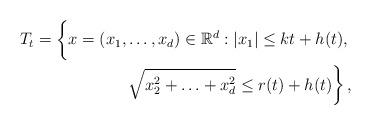
LaTeX: \begin{align*} T_t=\left\{ \vphantom{\sqrt{x_2^2+\ldots+x_d^2}\leq r(t)+h(t)} x=(x_1,\ldots, x_d)\in \mathbb{R}^d:|x_1|\leq kt+h(t),\right. \\ \left. \ \ \ \sqrt{x_2^2+\ldots+x_d^2}\leq r(t)+h(t)\right\}, \end{align*}